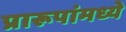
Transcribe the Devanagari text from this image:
प्रारूपांमध्ये